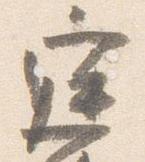
庭